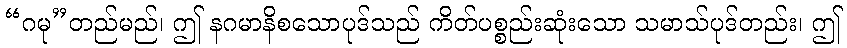
“ဂမု”တည်မည်၊ ဤ နဂမာနိစသောပုဒ်သည် ကိတ်ပစ္စည်းဆုံးသော သမာသ်ပုဒ်တည်း၊ ဤ